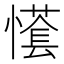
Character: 𢢮